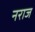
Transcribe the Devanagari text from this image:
नराज